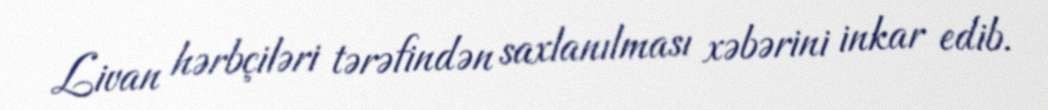
Livan hərbçiləri tərəfindən saxlanılması xəbərini inkar edib.